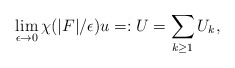
\begin{align*}\lim_{\epsilon\to 0} \chi(|F|/\epsilon) u=: U=\sum_{k\geq 1} U_k, \end{align*}